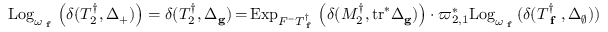
\mathrm { L o g } _ { \omega _ { \textup { \bf f } } } \left( \delta ( T _ { 2 } ^ { \dagger } , \Delta _ { + } ) \right) = \delta ( T _ { 2 } ^ { \dagger } , \Delta _ { \mathbf { g } } ) \, { = } \, \mathrm { E x p } _ { F ^ { - } T _ { \textup { \bf f } } ^ { \dagger } } \left( \delta ( M _ { 2 } ^ { \dagger } , \mathrm { t r } ^ { * } \Delta _ { \mathbf { g } } ) \right) \cdot \varpi _ { 2 , 1 } ^ { * } \mathrm { L o g } _ { \omega _ { \textup { \bf f } } } ( \delta ( T _ { \textup { \bf f } } ^ { \dagger } , \Delta _ { \emptyset } ) )